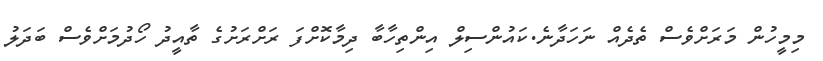
މިމީހުން މަރަށްވެސް ތެދެއް ނަހަދާނެ.ކައުންސިލް އިންތިހާބާ ދިމާކޮށްފަ ރަށްރަށުގެ ތާއީދު ހޯދުމަށްވެސް ބަދަލު